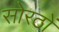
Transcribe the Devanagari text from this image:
सोरठों